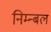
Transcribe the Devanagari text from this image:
निम्न्बल